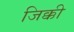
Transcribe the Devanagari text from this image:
जिक्की